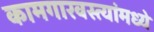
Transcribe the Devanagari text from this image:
कामगारवस्त्यांमध्ये